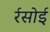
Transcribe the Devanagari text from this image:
र्रसोई